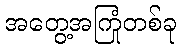
အတွေ့အကြုံတစ်ခု